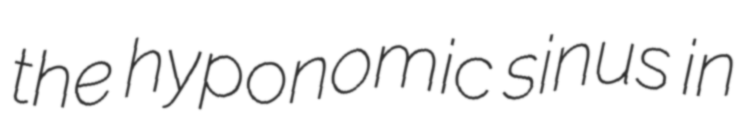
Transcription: the hyponomic sinus in